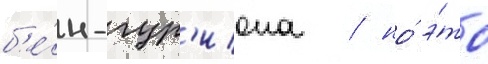
б'е́н-гур'иона / но́ э́то